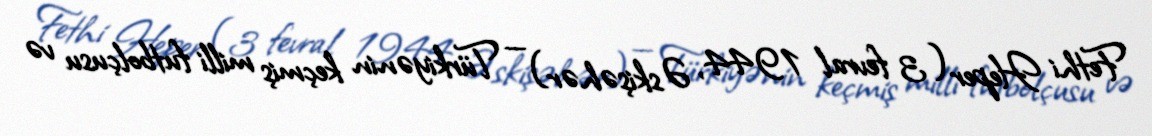
Fethi Heper (3 fevral 1944, Əskişəhər) — Türkiyənin keçmiş milli futbolçusu və